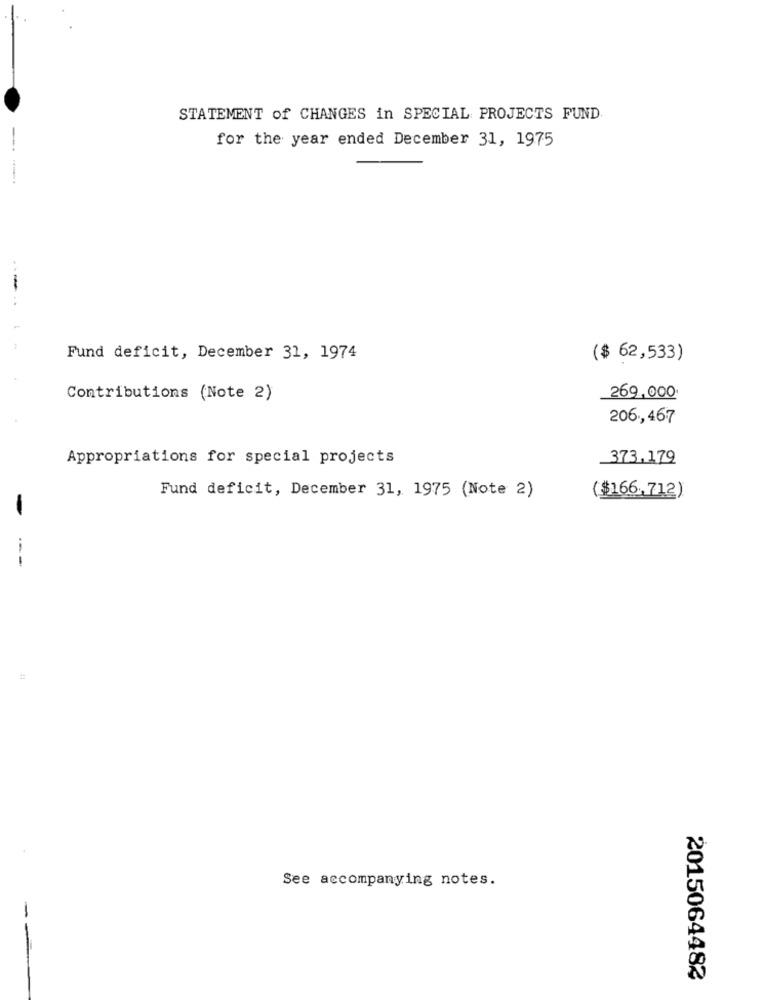
STATEMENT of CHANGES in SPECIAL PROJECTS FUND
for the year ended December 31, 1975
-
..
Fund deficit, December 31, 1974
($ 62,533)
Contributions (Note 2)
269,000
206,467
Appropriations for special projects
373.179
Fund deficit, December 31, 1975 (Note 2)
($166.712)
---
See accompanying notes.
2015064482